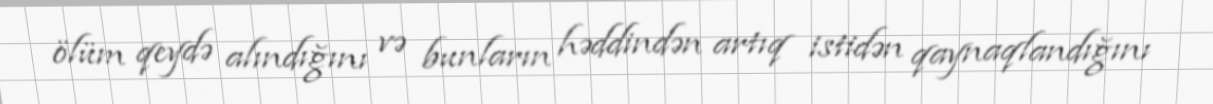
ölüm qeydə alındığını və bunların həddindən artıq istidən qaynaqlandığını